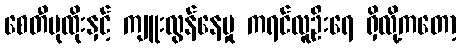
စေတီပုထိုးနှင့် ကျူးလွန်နေမှု ကရင်လူဦးရေ ရှိလို့ကတော့